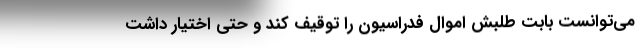
می‌توانست بابت طلبش اموال فدراسیون را توقیف کند و حتی اختیار داشت